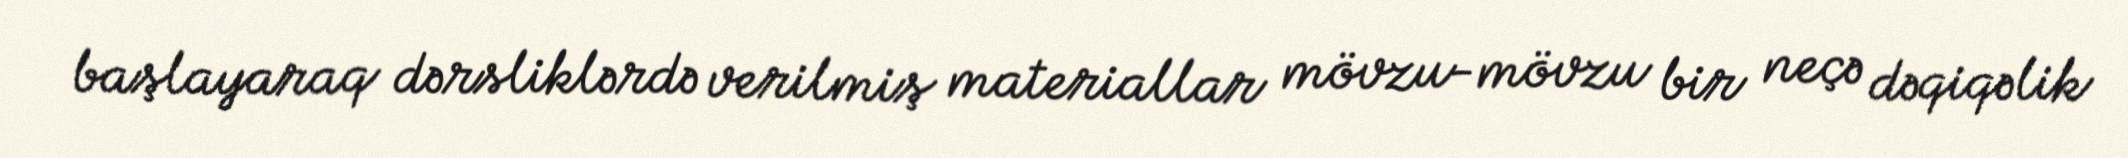
başlayaraq dərsliklərdə verilmiş materiallar mövzu-mövzu bir neçə dəqiqəlik